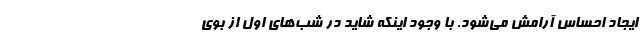
ایجاد احساس آرامش می‌شود. با وجود اینکه شاید در شب‌های اول از بوی